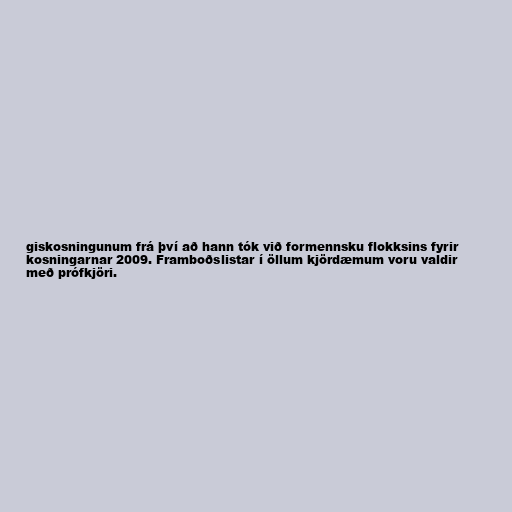
giskosningunum frá því að hann tók við formennsku flokksins fyrir
kosningarnar 2009. Framboðslistar í öllum kjördæmum voru valdir
með prófkjöri.